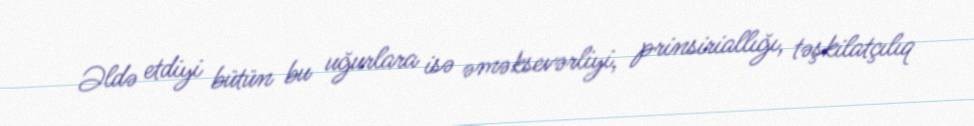
Əldə etdiyi bütün bu uğurlara isə əməksevərliyi, prinsiriallığı, təşkilatçılıq